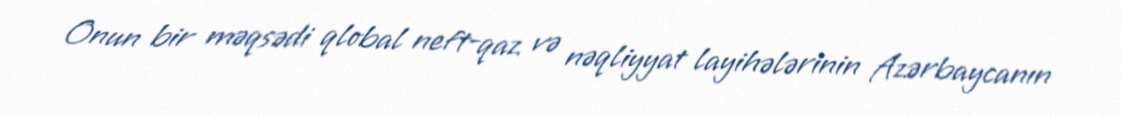
Onun bir məqsədi qlobal neft-qaz və nəqliyyat layihələrinin Azərbaycanın